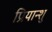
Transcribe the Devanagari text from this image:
प्रियान्शु